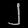
Digit: ၂